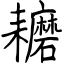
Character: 耱